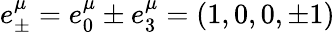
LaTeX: e_{\pm}^{\mu}=e_{0}^{\mu}\pm e_{3}^{\mu}=\left(1,0,0,\pm 1\right)